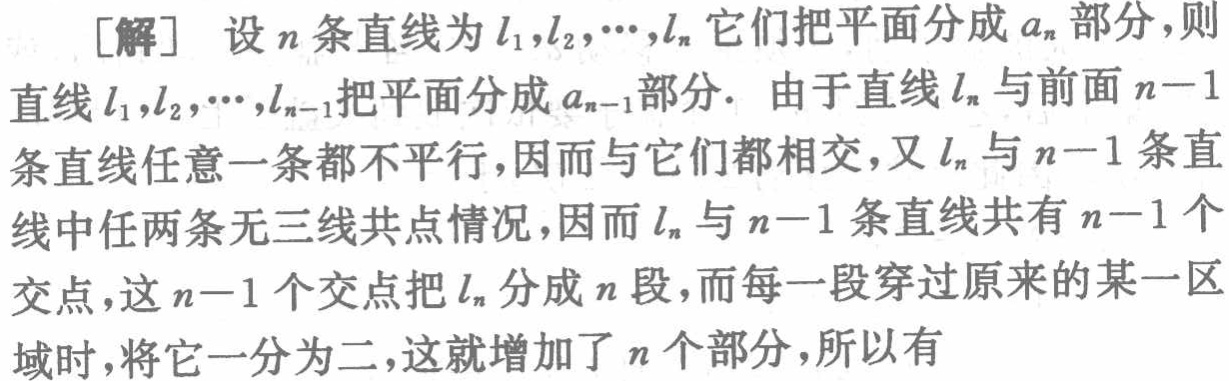
[解] 设\(n\)条直线为\(l_1,l_2,\cdots,l_n\)它们把平面分成\(a_n\)部分，则直线\(l_1,l_2,\cdots,l_{n - 1}\)把平面分成\(a_{n - 1}\)部分. 由于直线\(l_n\)与前面\(n - 1\)条直线任意一条都不平行，因而与它们都相交，又\(l_n\)与\(n - 1\)条直线中任两条无三线共点情况，因而\(l_n\)与\(n - 1\)条直线共有\(n - 1\)个交点，这\(n - 1\)个交点把\(l_n\)分成\(n\)段，而每一段穿过原来的某一区域时，将它一分为二，这就增加了\(n\)个部分，所以有